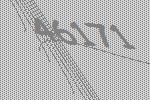
46171